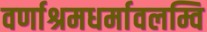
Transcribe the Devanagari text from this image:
वर्णाश्रमधर्मावलम्वि